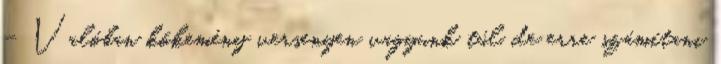
– Valóban kőkemény versenyen vagyunk túl, de erre számítani